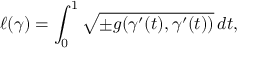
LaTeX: \ell ( \gamma ) = \int _ { 0 } ^ { 1 } { \sqrt { \pm g ( \gamma ^ { \prime } ( t ) , \gamma ^ { \prime } ( t ) ) } } \, d t ,